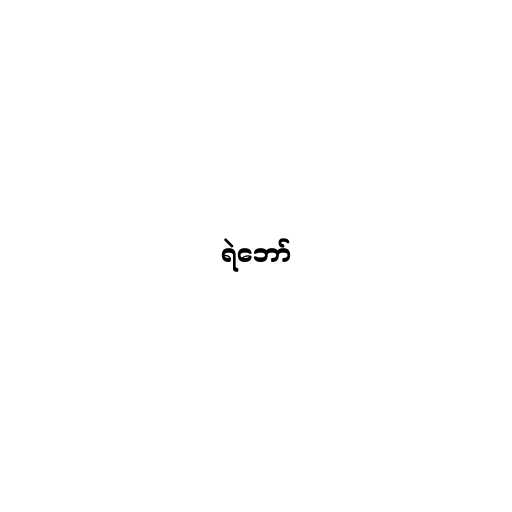
ရဲဘော်